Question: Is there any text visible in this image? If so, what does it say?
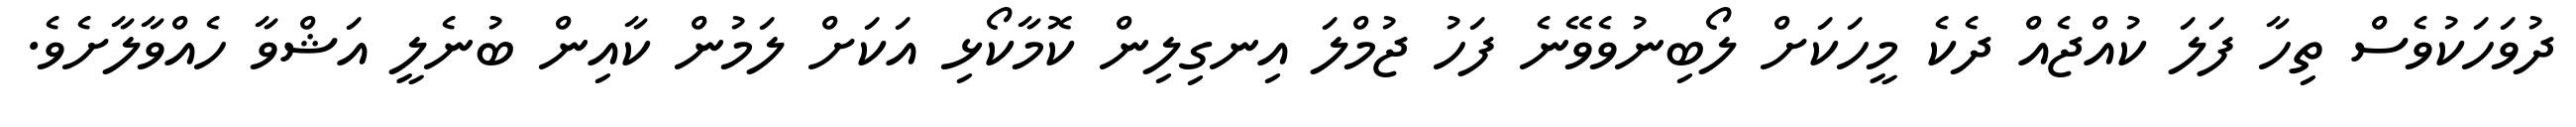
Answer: ދުވަހަކުވެސް ތިހާ ފަލަ ކުއްޖެއް ދެކެ މީހަކަށް ލޯބިނުވެވޭނެ ފަހު ޖުމްލަ އިނގިލިން ކޮމާކޯޅި އަކަށް ލަމުން ކާއިން ބުނެލީ އަޝްވާ ހެއްވާލާށެވެ.